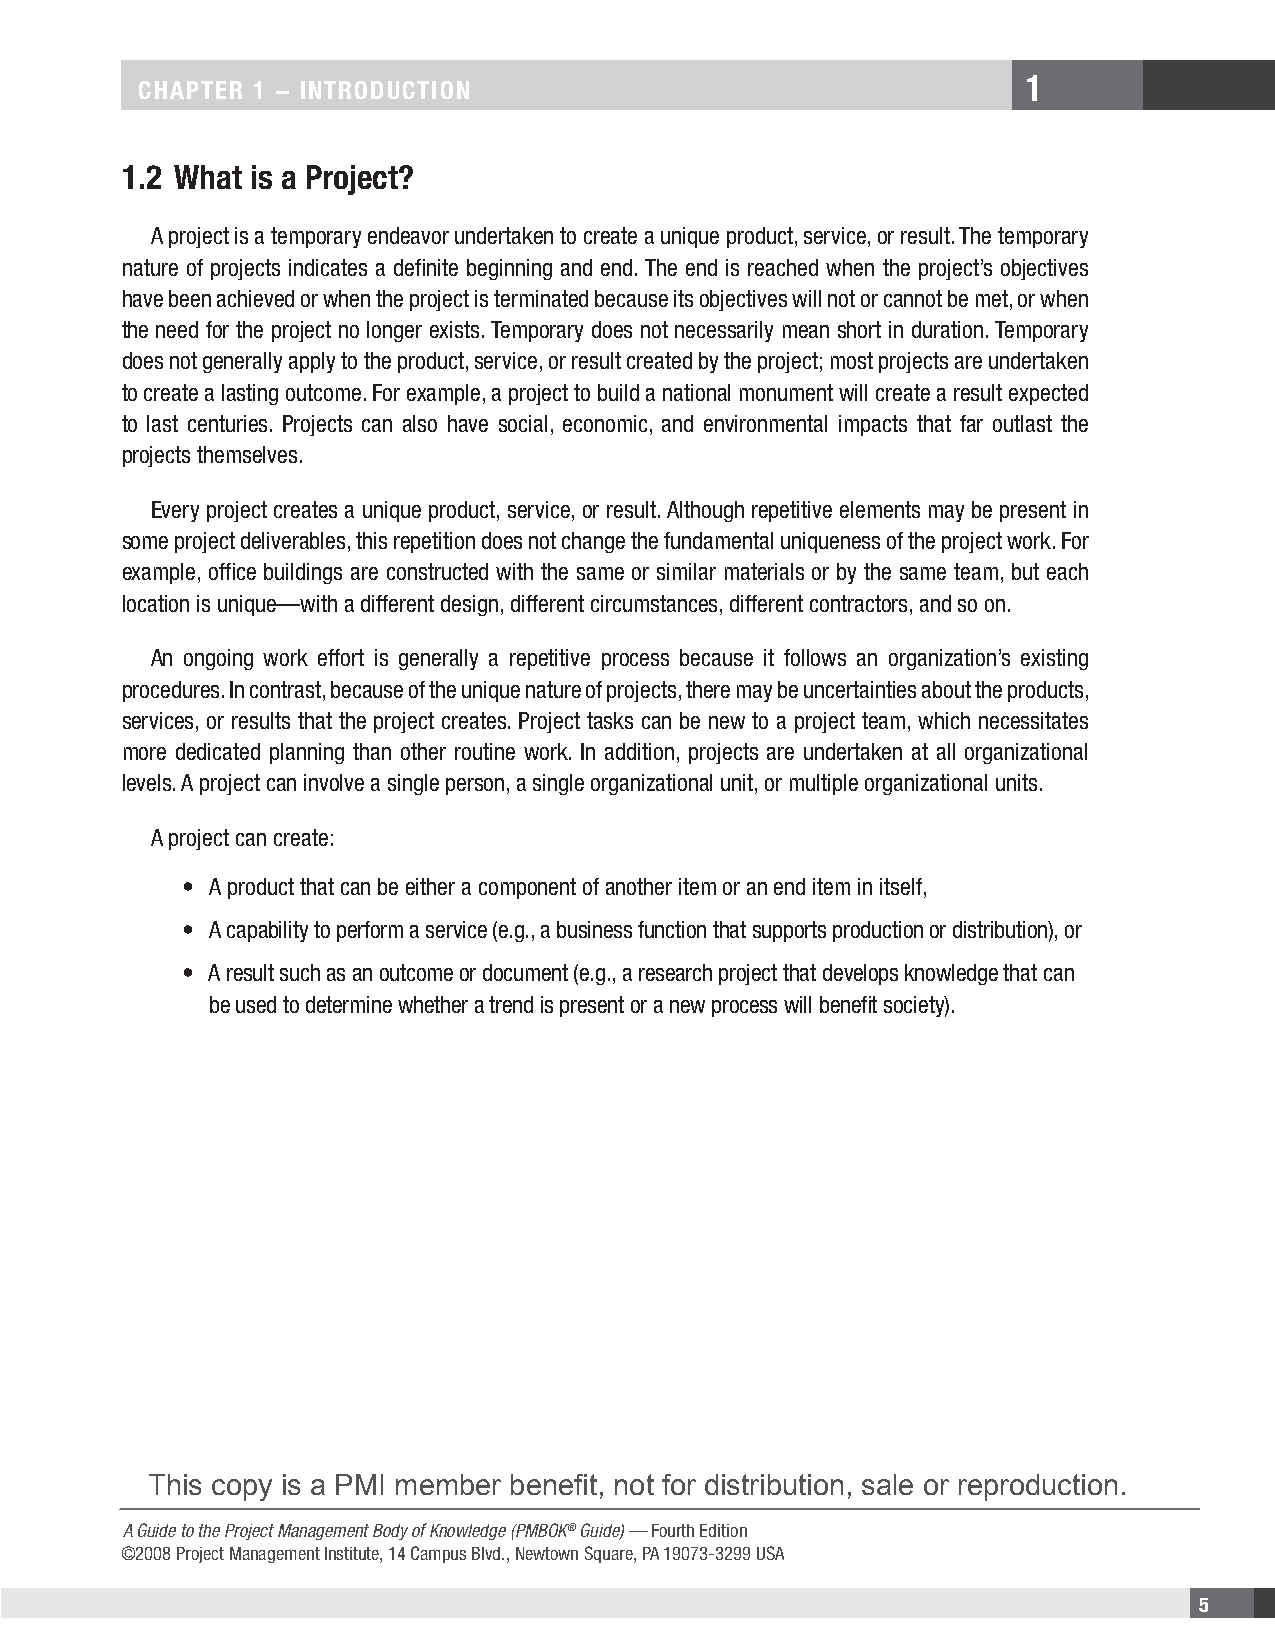
1
 CHAPTER 1 − INTRODUCTION
 1.2 What is a Project?
 A project is a temporary endeavor undertaken to create a unique product, service, or result. The temporary
 nature of projects indicates a definite beginning and end. The end is reached when the project’s objectives
 have been achieved or when the project is terminated because its objectives will not or cannot be met, or when
 the need for the project no longer exists. Temporary does not necessarily mean short in duration. Temporary
 does not generally apply to the product, service, or result created by the project; most projects are undertaken
 to create a lasting outcome. For example, a project to build a national monument will create a result expected
 to last centuries. Projects can also have social, economic, and environmental impacts that far outlast the
 projects themselves.
 Every project creates a unique product, service, or result. Although repetitive elements may be present in
 some project deliverables, this repetition does not change the fundamental uniqueness of the project work. For
 example, office buildings are constructed with the same or similar materials or by the same team, but each
 location is unique—with a different design, different circumstances, different contractors, and so on.
 An ongoing work effort is generally a repetitive process because it follows an organization’s existing
 procedures. In contrast, because of the unique nature of projects, there may be uncertainties about the products,
 services, or results that the project creates. Project tasks can be new to a project team, which necessitates
 more dedicated planning than other routine work. In addition, projects are undertaken at all organizational
 levels. A project can involve a single person, a single organizational unit, or multiple organizational units.
 A project can create:
 • A product that can be either a component of another item or an end item in itself,
 • A capability to perform a service (e.g., a business function that supports production or distribution), or
 • A result such as an outcome or document (e.g., a research project that develops knowledge that can
 be used to determine whether a trend is present or a new process will benefit society).
 This copy is a PMI member benefit, not for distribution, sale or reproduction.
 A Guide to the Project Management Body of Knowledge (PMBOK® Guide) — Fourth Edition
 ©2008 Project Management Institute, 14 Campus Blvd., Newtown Square, PA 19073-3299 USA
 5